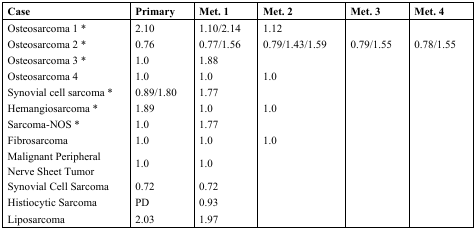
| Case | Primary | Met. 1 | Met. 2 | Met. 3 | Met. 4 |
 | --- | --- | --- | --- | --- | --- |
 | Osteosarcoma 1 * | 2.10 | 1.10/2.14 | 1.12 |  |  |
 | Osteosarcoma 2 * | 0.76 | 0.77/1.56 | 0.79/1.43/1.59 | 0.79/1.55 | 0.78/1.55 |
 | Osteosarcoma 3 * | 1.0 | 1.88 |  |  |  |
 | Osteosarcoma 4 | 1.0 | 1.0 | 1.0 |  |  |
 | Synovial cell sarcoma * | 0.89/1.80 | 1.77 |  |  |  |
 | Hemangiosarcoma * | 1.89 | 1.0 | 1.0 |  |  |
 | Sarcoma-NOS * | 1.0 | 1.77 |  |  |  |
 | Fibrosarcoma | 1.0 | 1.0 | 1.0 |  |  |
 | Malignant Peripheral Nerve Sheet Tumor | 1.0 | 1.0 |  |  |  |
 | Synovial Cell Sarcoma | 0.72 | 0.72 |  |  |  |
 | Histiocytic Sarcoma | PD | 0.93 |  |  |  |
 | Liposarcoma | 2.03 | 1.97 |  |  |  |